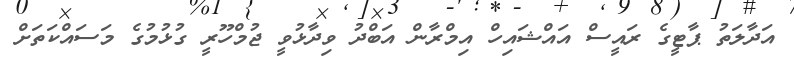
އަދާލަތު ޕާޓީގެ ރައީސް އައްޝައިހް އިމްރާން އަބްދު ވިދާޅުވީ ޖުމްހޫރީ ގުޅުމުގެ މަސައްކަތަށް